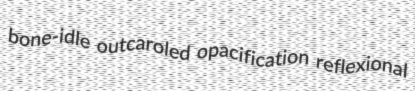
bone-idle outcaroled opacification reflexional